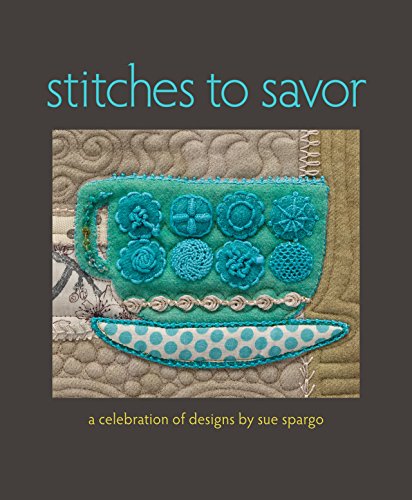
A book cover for Stitches to Savor: A Celebration of Designs by Sue Spargo; Sue Spargo; Crafts, Hobbies & Home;